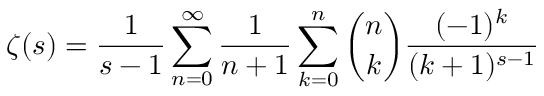
\zeta ( s ) = { \frac { 1 } { s - 1 } } \sum _ { n = 0 } ^ { \infty } { \frac { 1 } { n + 1 } } \sum _ { k = 0 } ^ { n } { \binom { n } { k } } { \frac { ( - 1 ) ^ { k } } { ( k + 1 ) ^ { s - 1 } } }